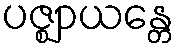
ပဇ္ဈာယန္တေ